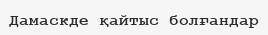
Дамаскде қайтыс болғандар